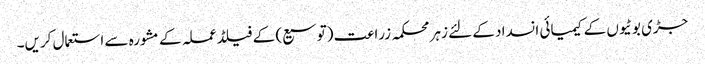
جڑی بوٹیوں کے کیمیائی انسداد کے لئے زہر محکمہ زراعت (توسیع) کے فیلڈ عملہ کے مشورہ سے استعمال کریں۔